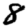
Digit: 8